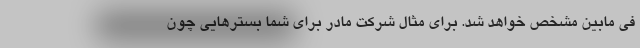
فی مابین مشخص خواهد شد. برای مثال شرکت مادر برای شما بسترهایی چون